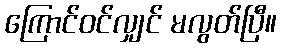
ကြောင်ဝင်လျှင် မလွတ်ပြီ။